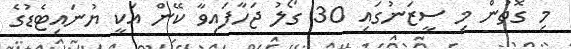
މި ގޮތުން މި ސީޒަނުގައި 30 ގޯލު ޖަހާފައިވާ ކޭން އަކީ ޔުނައިޓެޑުގެ